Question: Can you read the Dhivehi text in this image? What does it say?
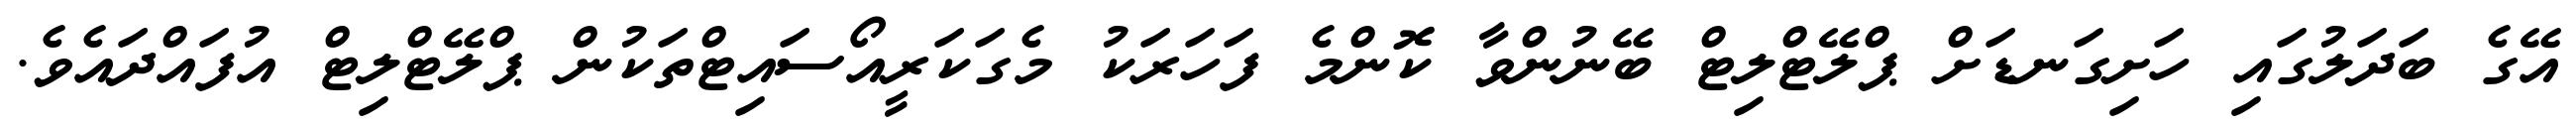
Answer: އޭގެ ބަދަލުގައި ހަށިގަނޑަށް ޕްލޭޓްލިޓް ބޭނުންވާ ކޮންމެ ފަހަރަކު މެގަކަރީއޯސައިޓްތަކުން ޕްލޭޓްލިޓް އުފައްދައެވެ.